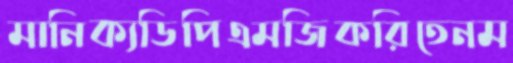
মানিক্যডিপিএমজিকরিতেনম